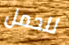
للحمل